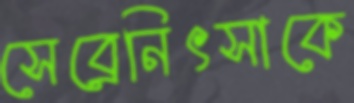
সেব্রেনিৎসাকে